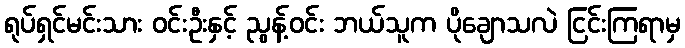
ရုပ်ရှင်မင်းသား ဝင်းဦးနှင့် ညွန့်ဝင်း ဘယ်သူက ပိုချောသလဲ ငြင်းကြရာမှ